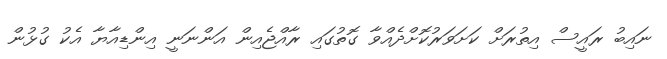
ނައިބު ރައީސް އިތުރަށް ކަށަވަރުކޮށްދެއްވާ ގޮތުގައި ރާއްޖެއިން އަންނަނީ އިންޑިއާޔާ އެކު ގުޅުން